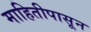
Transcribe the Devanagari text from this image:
माहितीपासून